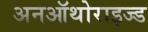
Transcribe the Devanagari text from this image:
अनऑथोराइज्ड